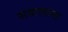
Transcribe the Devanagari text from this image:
सवालांना